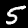
Label: 5